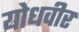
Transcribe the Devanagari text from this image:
योधवीर